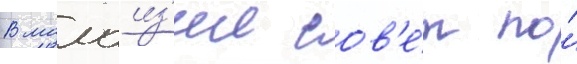
В малаиз'ии сов'е́т по́